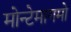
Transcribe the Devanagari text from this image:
मोन्टेमागमो